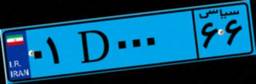
۳۷D۰۴۰۲۱